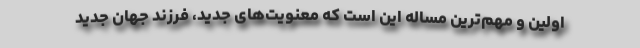
اولین و مهم‌ترین مساله این است که معنویت‌هایِ جدید، فرزندِ جهانِ جدید